Korgessaare_vallavalitsus, lk 37
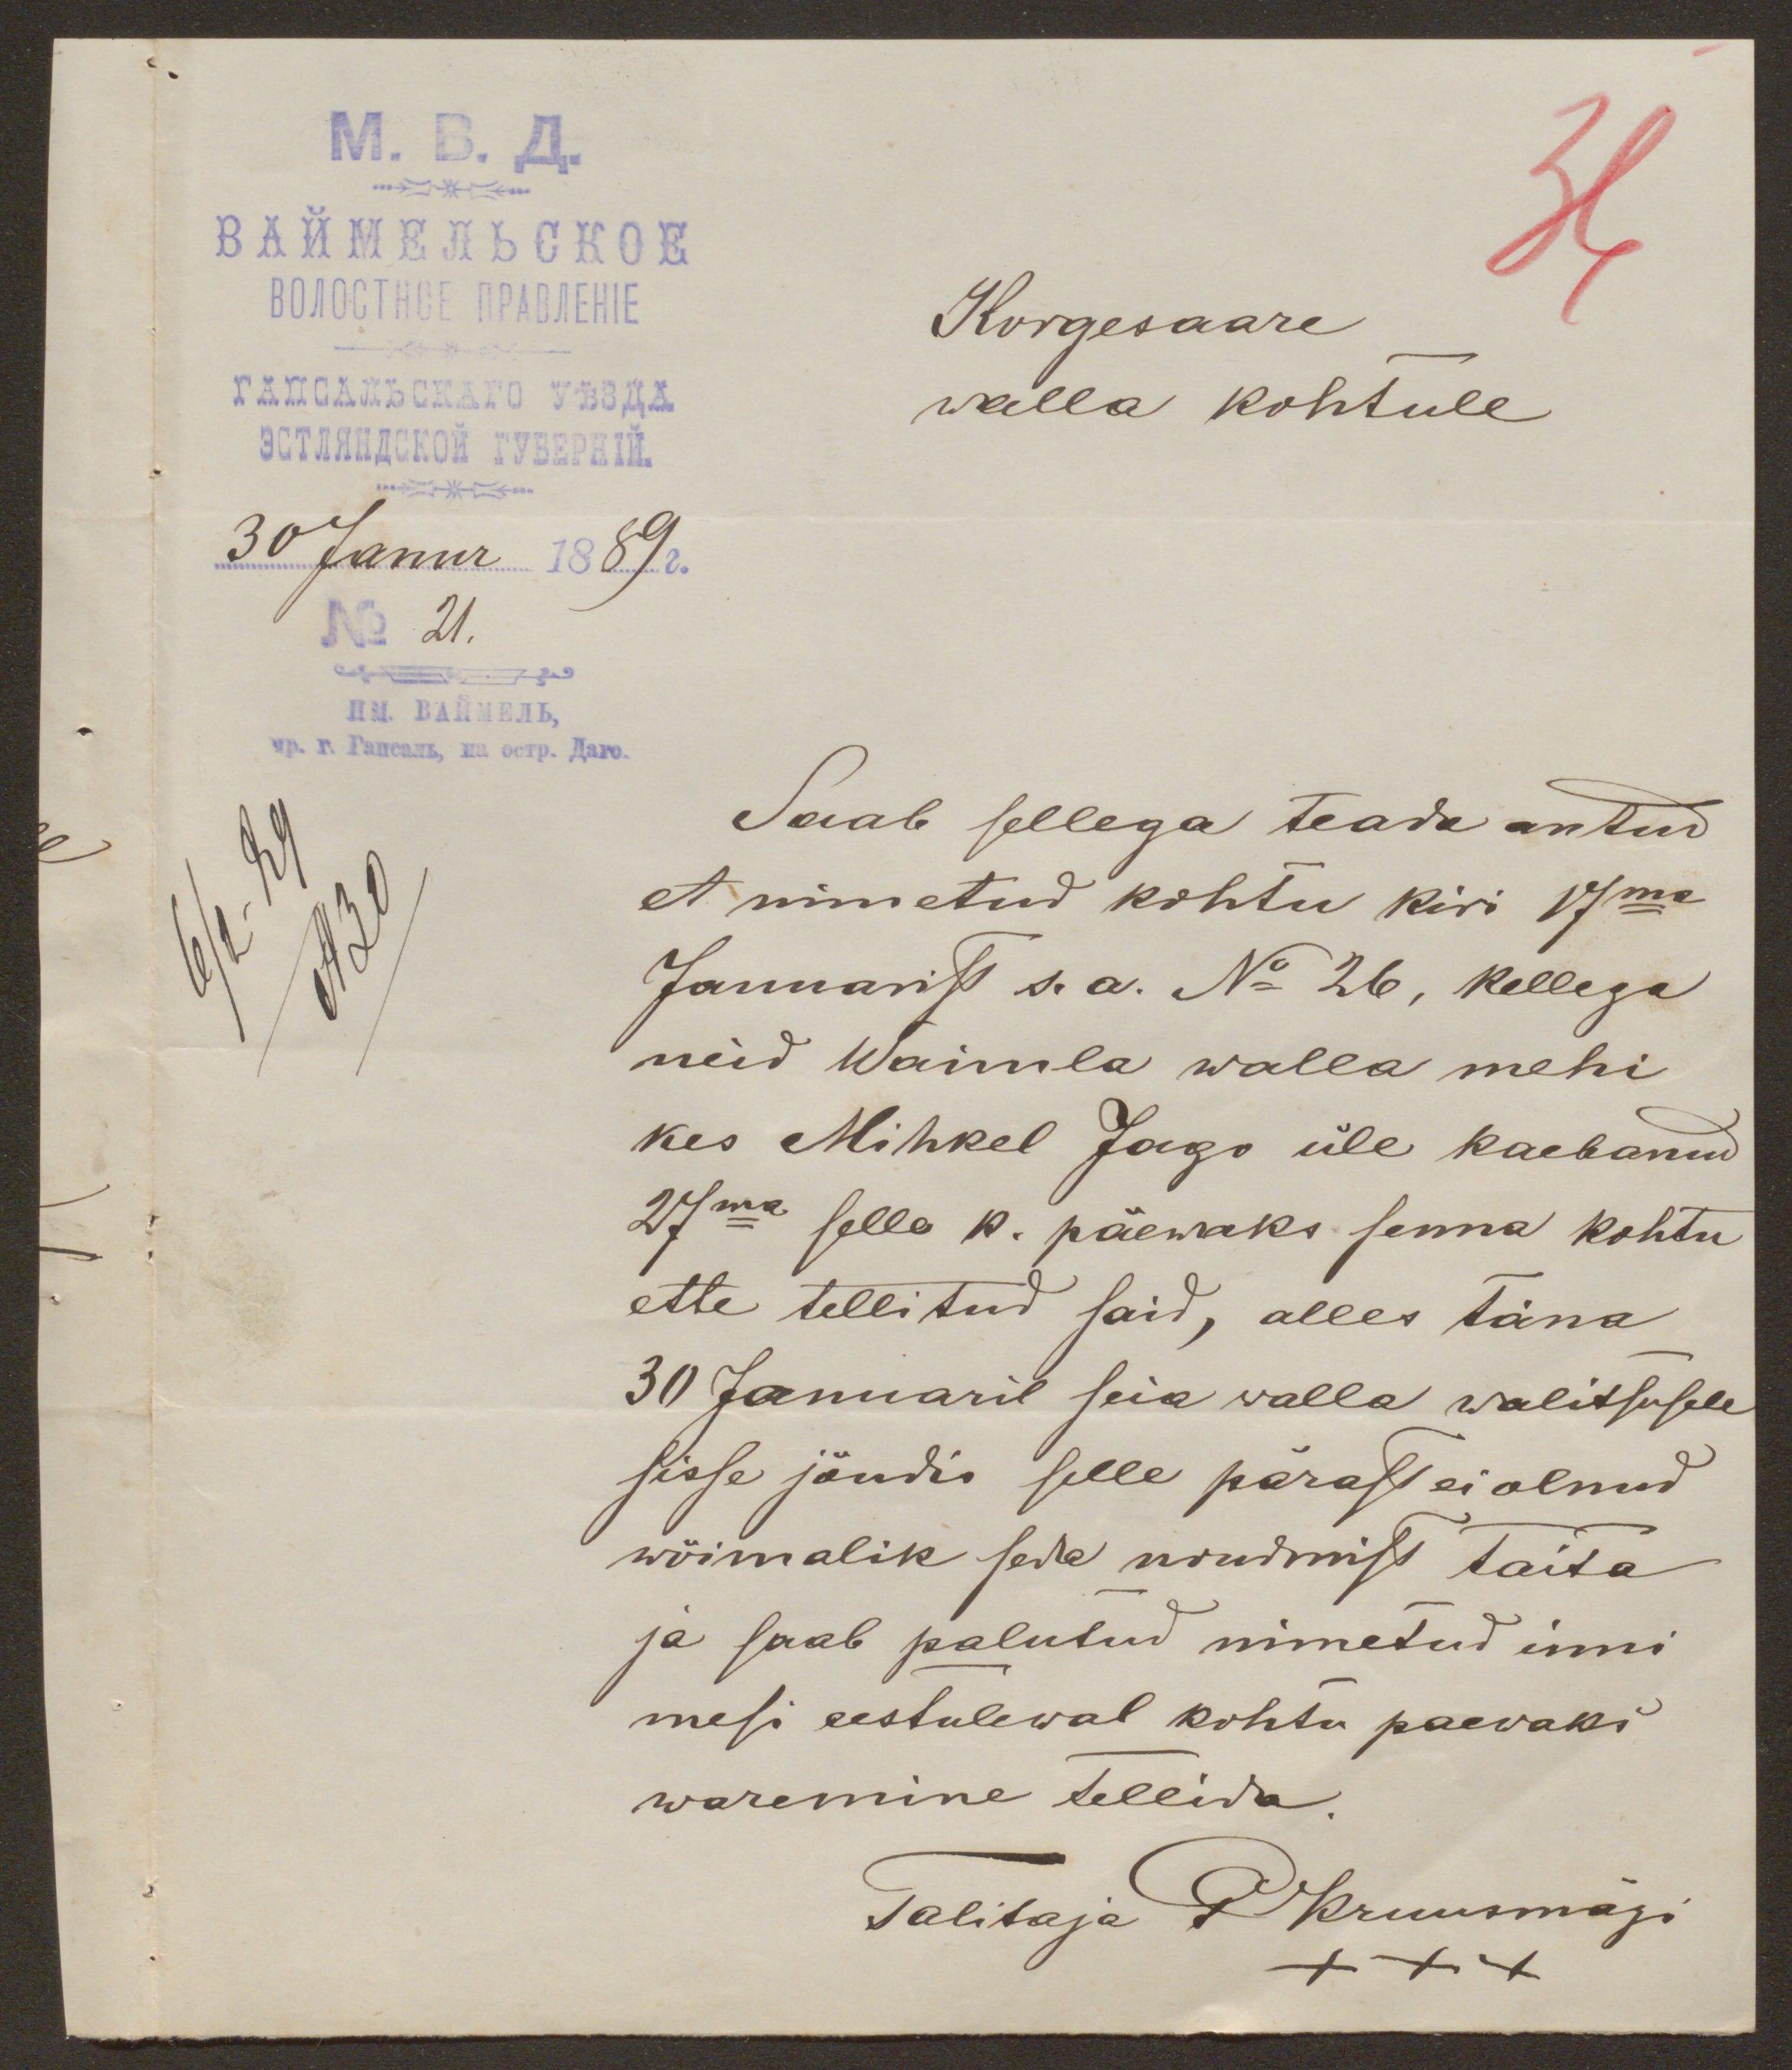
36
Korgesaare
walla kohtule
30 Janur 1889 a.
No 21.
Saab sellega teada antud
et nimetud kohtu kiri 17ma
Januarist s. a. No 26, kellega
neid Waimla walla mehi
kes Mihkel Jago üle kaebanud
27ma selle k. päewaks senna kohtu
ette tellitud said, alles täna
30 Januaril seia walla walitsusele
sisse jõudis selle pärast ei olnud
wõimalik seda nõudmist täita
ja saab palutud nimetud inni
mesi eestulewal kohtu paewaks
waremine tellida.
Talitaja P Kruusmägi
XXX